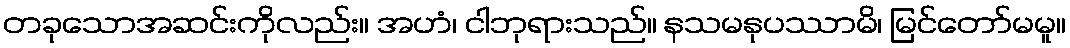
တခုသောအဆင်းကိုလည်း။ အဟံ၊ ငါဘုရားသည်။ နသမနုပဿာမိ၊ မြင်တော်မမူ။